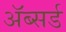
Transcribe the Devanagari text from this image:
ॲब्सर्ड